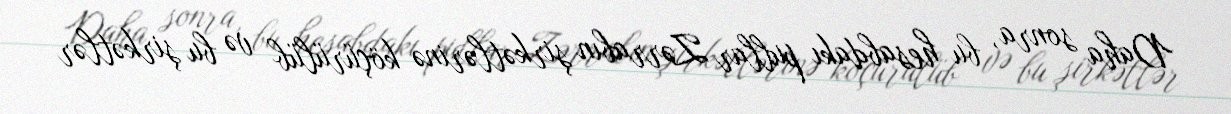
Daha sonra, bu hesabdakı pullar Zərrabın şirkətlərinə köçürülüb və bu şirkətlər